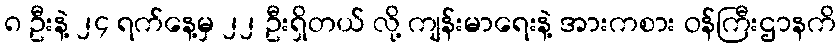
၈ ဦးနဲ့ ၂၄ ရက်နေ့မှ ၂၂ ဦးရှိတယ် လို့ ကျန်းမာရေးနဲ့ အားကစား ဝန်ကြီးဌာနကိ